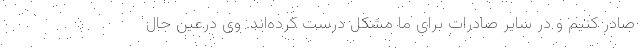
صادر کنیم و در سایر صادرات برای ما مشکل درست کرده‌اند. وی درعین حال